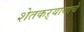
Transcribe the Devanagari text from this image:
शेतकऱ्यायाचे